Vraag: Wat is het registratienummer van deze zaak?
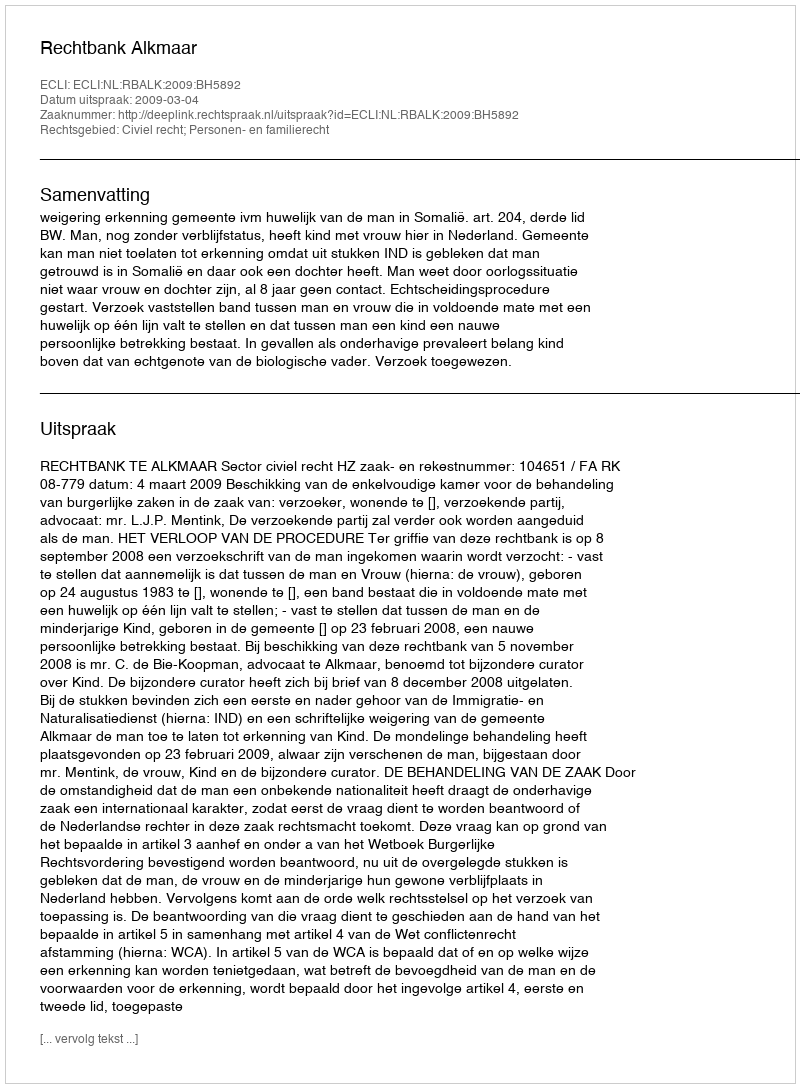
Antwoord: http://deeplink.rechtspraak.nl/uitspraak?id=ECLI:NL:RBALK:2009:BH5892